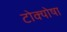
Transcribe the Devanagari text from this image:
टोक्योषा